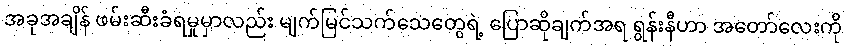
အခုအချိန် ဖမ်းဆီးခံရမှုမှာလည်း မျက်မြင်သက်သေတွေရဲ့ ပြောဆိုချက်အရ ရွန်းနီဟာ အတော်လေးကို